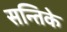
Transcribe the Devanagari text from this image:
सन्तिके